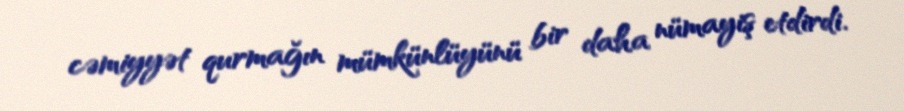
cəmiyyət qurmağın mümkünlüyünü bir daha nümayiş etdirdi.